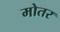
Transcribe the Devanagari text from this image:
मोतर